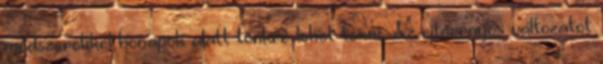
módszerekkel hónapok alatt tönkre lehet tenni. Az ejtőernyős változatot